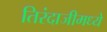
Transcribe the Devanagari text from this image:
तिरंदाजीमध्ये